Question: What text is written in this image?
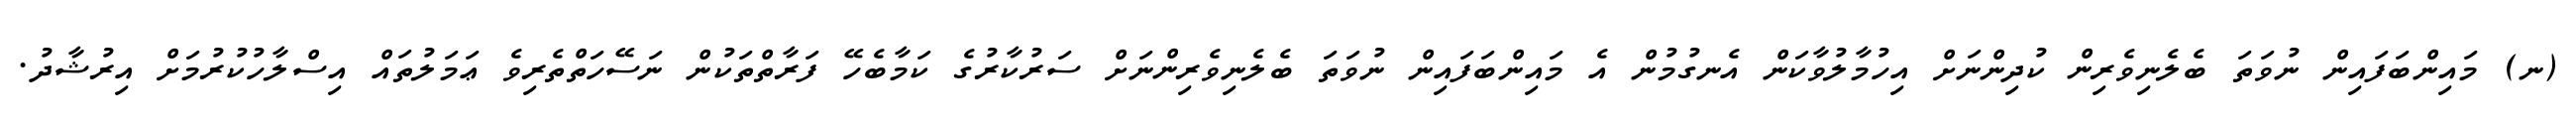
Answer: (ނ) މައިންބަފައިން ނުވަތަ ބެލެނިވެރިން ކުދިންނަށް އިހުމާލުވާކަން އެނގުމުން އެ މައިންބަފައިން ނުވަތަ ބެލެނިވެރިންނަށް ސަރުކާރުގެ ކަމާބެހޭ ފަރާތްތަކުން ނަސޭހަތްތެރިވެ ޢަމަލުތައް އިސްލާހުކުރުމަށް އިރުޝާދު.